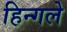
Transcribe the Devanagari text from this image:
हिन्गले